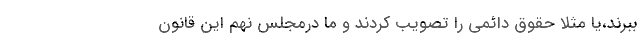
ببرند،یا مثلا حقوق دائمی را تصویب کردند و ما درمجلس نهم این قانون